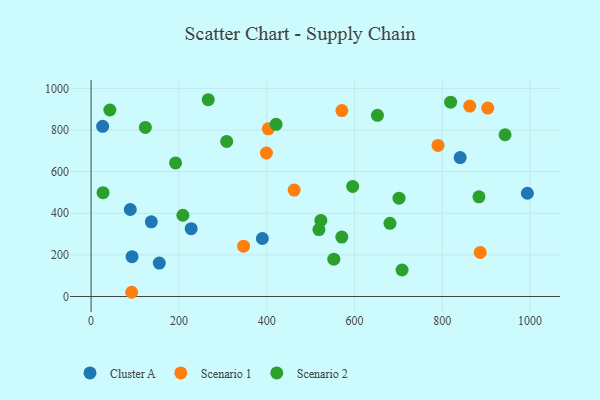
{"axis": {"x": "Experience", "y": "Salary"}, "legend": ["Cluster A", "Scenario 1", "Scenario 2"], "data": [{"x": "840.7", "y": 667.7, "type": "Cluster A"}, {"x": "93.3", "y": 191.6, "type": "Cluster A"}, {"x": "390.1", "y": 278.7, "type": "Cluster A"}, {"x": "89.3", "y": 418.2, "type": "Cluster A"}, {"x": "26.3", "y": 817.8, "type": "Cluster A"}, {"x": "228.0", "y": 326.1, "type": "Cluster A"}, {"x": "137.2", "y": 358.7, "type": "Cluster A"}, {"x": "155.4", "y": 160.6, "type": "Cluster A"}, {"x": "993.8", "y": 496.2, "type": "Cluster A"}, {"x": "92.5", "y": 20.4, "type": "Scenario 1"}, {"x": "462.6", "y": 511.6, "type": "Scenario 1"}, {"x": "347.4", "y": 241.9, "type": "Scenario 1"}, {"x": "571.3", "y": 893.4, "type": "Scenario 1"}, {"x": "790.3", "y": 725.7, "type": "Scenario 1"}, {"x": "403.7", "y": 805.6, "type": "Scenario 1"}, {"x": "399.4", "y": 689.5, "type": "Scenario 1"}, {"x": "903.6", "y": 905.6, "type": "Scenario 1"}, {"x": "862.6", "y": 914.9, "type": "Scenario 1"}, {"x": "886.4", "y": 212.0, "type": "Scenario 1"}, {"x": "523.4", "y": 365.6, "type": "Scenario 2"}, {"x": "192.4", "y": 641.7, "type": "Scenario 2"}, {"x": "883.5", "y": 478.9, "type": "Scenario 2"}, {"x": "552.9", "y": 179.5, "type": "Scenario 2"}, {"x": "308.9", "y": 745.1, "type": "Scenario 2"}, {"x": "595.9", "y": 528.8, "type": "Scenario 2"}, {"x": "819.0", "y": 933.9, "type": "Scenario 2"}, {"x": "701.4", "y": 472.4, "type": "Scenario 2"}, {"x": "27.3", "y": 498.9, "type": "Scenario 2"}, {"x": "708.3", "y": 127.5, "type": "Scenario 2"}, {"x": "42.8", "y": 896.2, "type": "Scenario 2"}, {"x": "519.0", "y": 321.8, "type": "Scenario 2"}, {"x": "680.8", "y": 351.6, "type": "Scenario 2"}, {"x": "652.3", "y": 870.6, "type": "Scenario 2"}, {"x": "943.0", "y": 777.3, "type": "Scenario 2"}, {"x": "266.9", "y": 945.5, "type": "Scenario 2"}, {"x": "123.6", "y": 812.4, "type": "Scenario 2"}, {"x": "571.1", "y": 285.4, "type": "Scenario 2"}, {"x": "209.1", "y": 390.4, "type": "Scenario 2"}, {"x": "421.4", "y": 827.1, "type": "Scenario 2"}]}